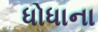
ધોધાના